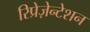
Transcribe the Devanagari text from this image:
रिप्रेज़ेन्टेशन